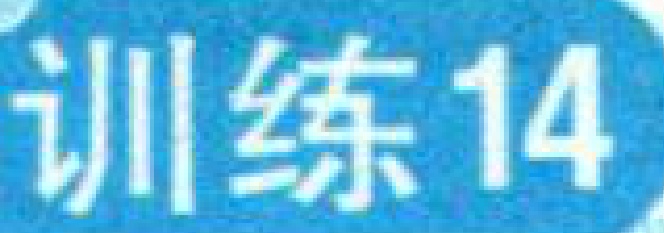
训练14